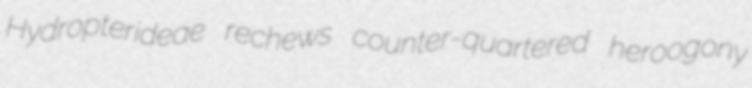
Hydropterideae rechews counter-quartered heroogony